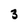
Character: 3